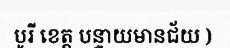
បូរី ខេត្ត បន្ទាយមានជ័យ )